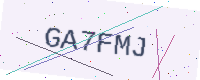
Text: GA7FMJ